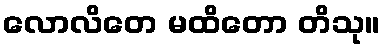
လောလိတေ မထိတော တိသု။